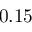
0 . 1 5